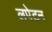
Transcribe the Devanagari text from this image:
लपेटन